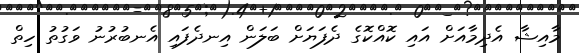
މާއިޝާ އެދިމާއަށް އައި ކޮއްކޮގެ ދެފަޔަށް ބަލަން އިނދެފައި އެނބުރުނު ވަގުތު ހިތް